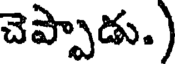
చెప్పాడు.)